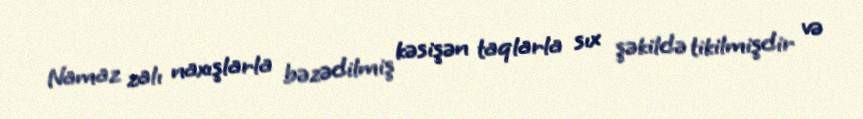
Namaz zalı naxışlarla bəzədilmiş kəsişən taqlarla sıx şəkildə tikilmişdir və